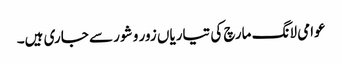
عوامی لانگ مارچ کی تیاریاں زور و شور سے جاری ہیں۔